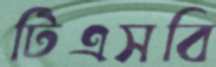
টিএসবি